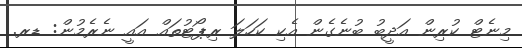
މިނެޓް ކުރިން އަދީބު ބުނެގެން އެކި ކަހަލަ ރިޕޯޓުތައް އައީ ނެރެމުން: ޑރ.